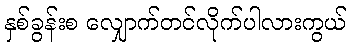
နှစ်ခွန်းစ လျှောက်တင်လိုက်ပါလားကွယ်